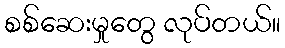
စစ်ဆေးမှုတွေ လုပ်တယ်။